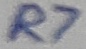
Text: R7